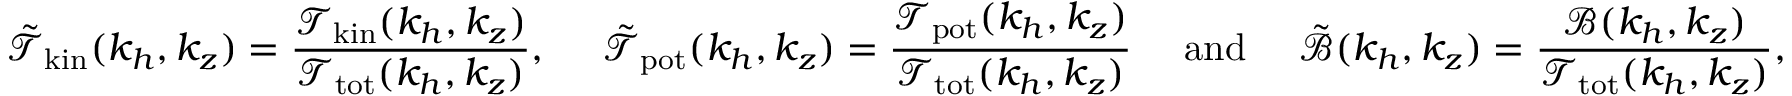
\tilde { \mathcal { T } } _ { \mathrm { k i n } } ( k _ { h } , k _ { z } ) = \frac { \mathcal { T } _ { \mathrm { k i n } } ( k _ { h } , k _ { z } ) } { \mathcal { T } _ { \mathrm { t o t } } ( k _ { h } , k _ { z } ) } , ~ ~ ~ ~ \tilde { \mathcal { T } } _ { \mathrm { p o t } } ( k _ { h } , k _ { z } ) = \frac { \mathcal { T } _ { \mathrm { p o t } } ( k _ { h } , k _ { z } ) } { \mathcal { T } _ { \mathrm { t o t } } ( k _ { h } , k _ { z } ) } ~ ~ ~ ~ \mathrm { a n d } ~ ~ ~ ~ \tilde { \mathcal { B } } ( k _ { h } , k _ { z } ) = \frac { \mathcal { B } ( k _ { h } , k _ { z } ) } { \mathcal { T } _ { \mathrm { t o t } } ( k _ { h } , k _ { z } ) } ,